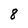
Character: 8